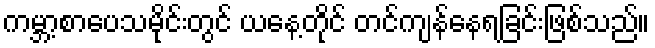
ကမ္ဘာ့စာပေသမိုင်းတွင် ယနေ့တိုင် တင်ကျန်နေရခြင်းဖြစ်သည်။